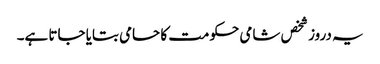
یہ دروز شخص شامی حکومت کا حامی بتایا جاتا ہے۔